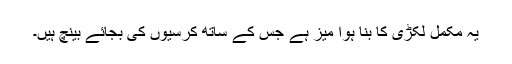
یہ مکمل لکڑی کا بنا ہوا میز ہے جس کے ساتھ کرسیوں کی بجائے بینچ ہیں۔